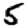
Digit: 5